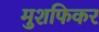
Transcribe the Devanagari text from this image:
मुशफिकर